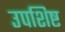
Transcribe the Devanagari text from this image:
उपशिष्ट